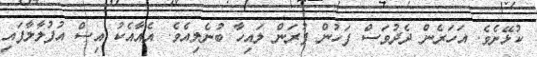
ކުޅޭށެވެ. އަހަރެން ދެދުވަސް ފަހުން ފުރަން ލައިހާ ބުނެލިއެވެ. އެއާއެކު އިސް އުފުލާލާފައި